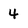
Character: 4